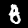
Label: 8